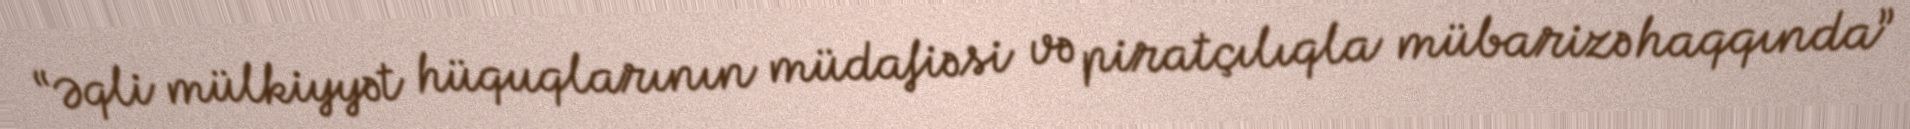
“Əqli mülkiyyət hüquqlarının müdafiəsi və piratçılıqla mübarizə haqqında”